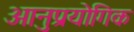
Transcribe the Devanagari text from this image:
आनुप्रयोगिक